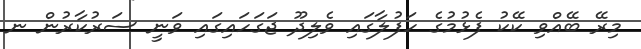
މިރޭ ބޭއްވި ކޭކު ފެޅުމުގެ ހަފުލާގައި ވެލިދޫ ޖަގަހައިގައި ވަނީ ސަރުކާރުން ނ